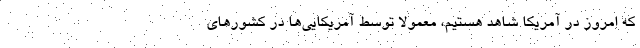
که امروز در آمریکا شاهد هستیم، معمولا توسط آمریکایی‌ها در کشورهای